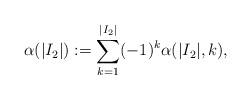
LaTeX: \begin{align*}\alpha(|I_2|):=\sum_{k=1}^{|I_2|}(-1)^k\alpha(|I_2|,k),\end{align*}